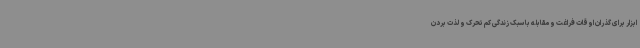
ابزار برای گذران اوقات فراغت و مقابله با سبک زندگی کم تحرک و لذت بردن